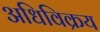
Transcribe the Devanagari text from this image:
अधिविक्रय